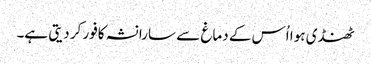
ٹھنڈی ہوا اُس کے دماغ سے سارا نشہ کافور کر دیتی ہے۔